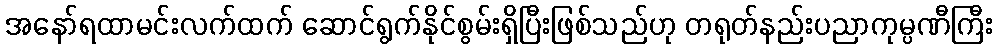
အနော်ရထာမင်းလက်ထက် ဆောင်ရွက်နိုင်စွမ်းရှိပြီးဖြစ်သည်ဟု တရုတ်နည်းပညာကုမ္ပဏီကြီး